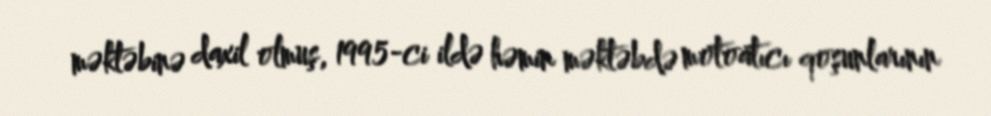
məktəbinə daxil olmuş, 1995-ci ildə həmin məktəbdə motoatıcı qoşunlarının